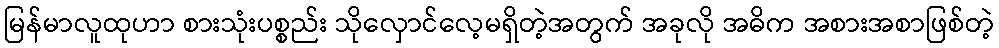
မြန်မာလူထုဟာ စားသုံးပစ္စည်း သိုလှောင်လေ့မရှိတဲ့အတွက် အခုလို အဓိက အစားအစာဖြစ်တဲ့